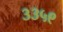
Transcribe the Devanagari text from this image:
३३५९